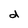
Character: d